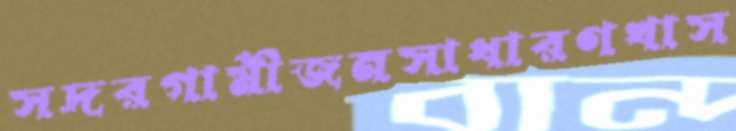
সদরগামীজনসাধারণখাস